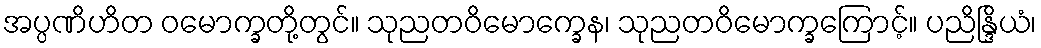
အပ္ပဏိဟိတ ဝမောက္ခတို့တွင်။ သုညတဝိမောက္ခေန၊ သုညတဝိမောက္ခကြောင့်။ ပညိန္ဒြိယံ၊